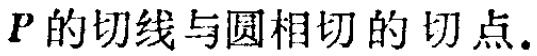
\(P\)的切线与圆相切的切点.